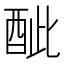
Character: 𨠐